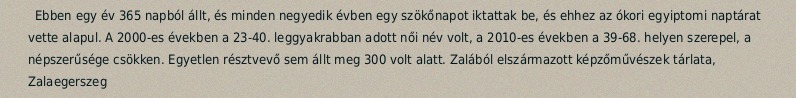
Ebben egy év 365 napból állt, és minden negyedik évben egy szökőnapot iktattak be, és ehhez az ókori egyiptomi naptárat vette alapul. A 2000-es években a 23-40. leggyakrabban adott női név volt, a 2010-es években a 39-68. helyen szerepel, a népszerűsége csökken. Egyetlen résztvevő sem állt meg 300 volt alatt. Zalából elszármazott képzőművészek tárlata, Zalaegerszeg